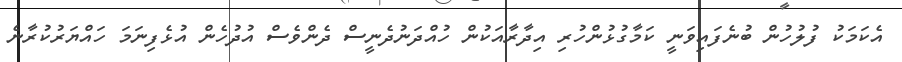
އެކަމަކު ފުލުހުން ބުނެފައިވަނީ ކަމާގުޅުންހުރި އިދާރާއަކުން ހުއްދަނުދެނީސް ދެންވެސް އުދުހެން އުޅެފިނަމަ ހައްޔަރުކުރާނެ